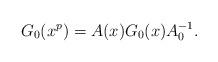
LaTeX: \begin{align*}G_0(x^p)=A(x)G_0(x)A_0^{-1}.\end{align*}